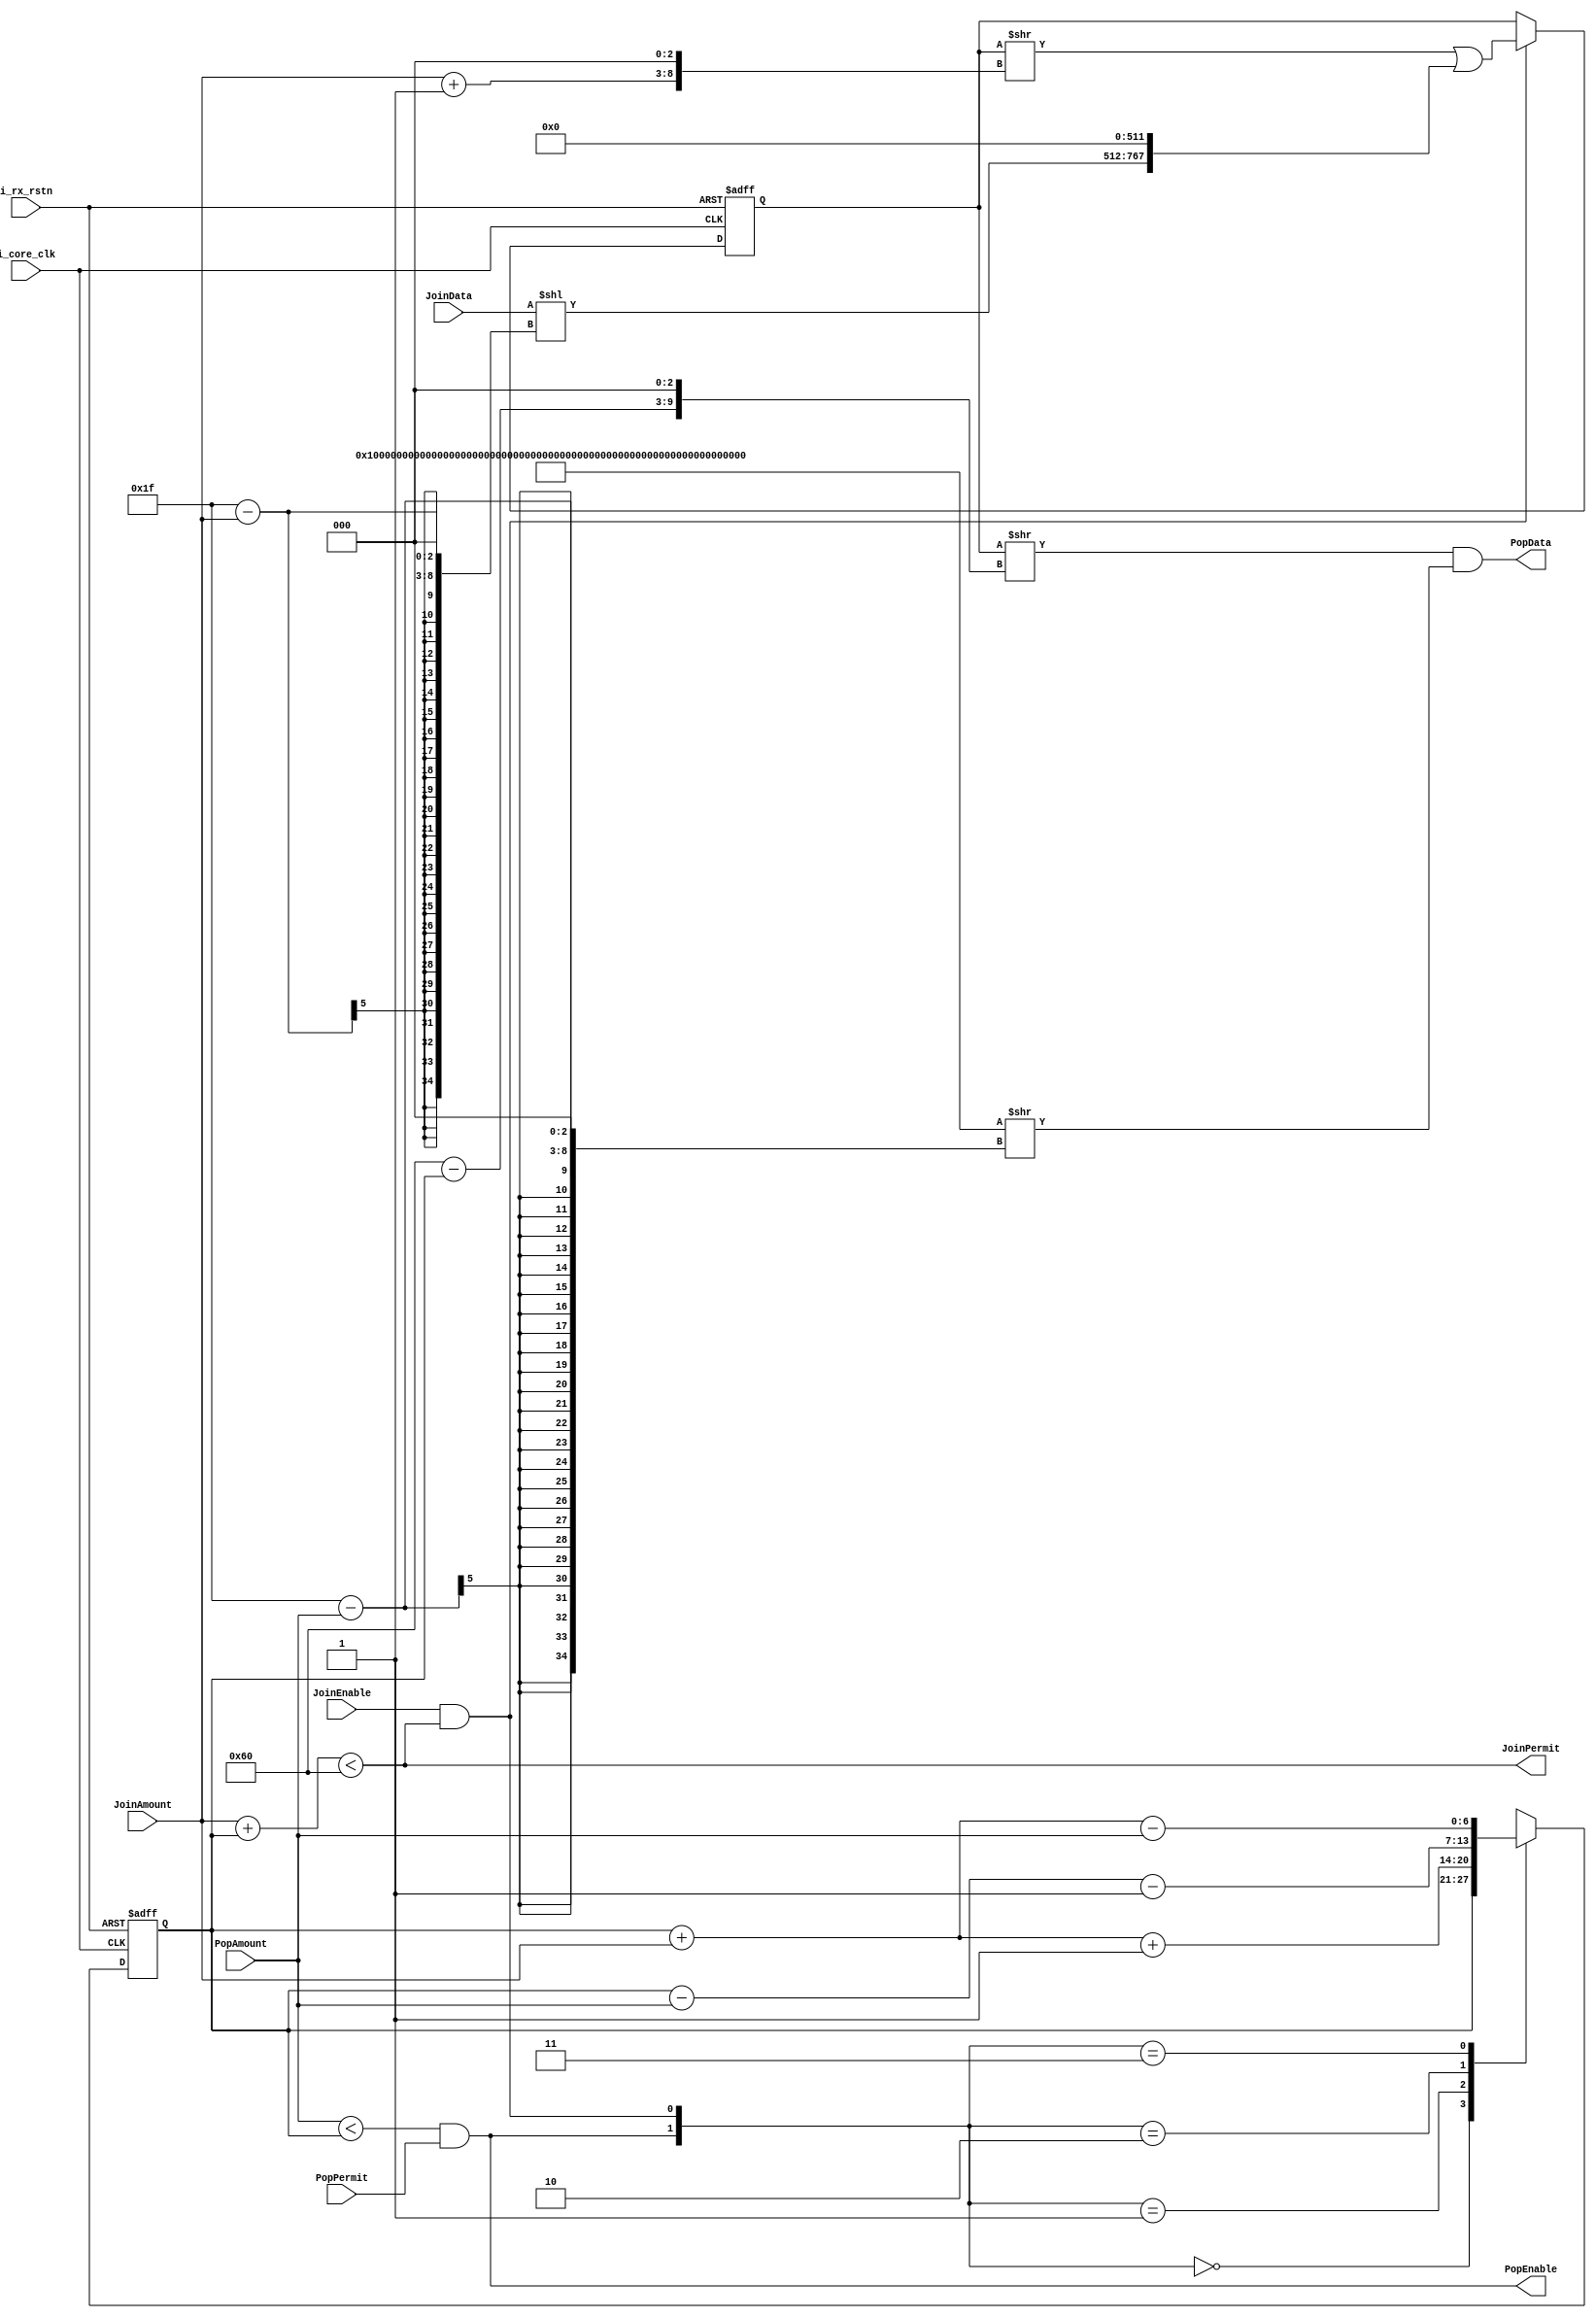
module PFIFORM 
(
  input  wire         i_rx_rstn,  //Reset signal with asynchronous and active low		 
  input  wire         i_core_clk, //System Clock
  
  input  wire         JoinEnable, //Write Enable signal come from   the FIFO Write module
  output wire         JoinPermit, //Write Ready  signal to   inform the FIFO Write module                                   
                                  //if (JoinPermit==1'b1) means that current write operation is Effective
                                  
  input  wire         PopPermit,  //Read Ready signal from FIFO Read module  
                                  //if (PopPermit==1'b1) means that FIFO Read module is ready to receive data

  input  wire  [4:0]  JoinAmount,  //Write data amount from  FIFO Write module , Actual numbers minus one (hard bits)
  input  wire  [4:0]  PopAmount,   //Read  data amount from  FIFO Read  module , Actual numbers minus one (hard bits)
  
  input  wire  [255:0] JoinData,   //Write data   LSB alignment ,  Valid data bits is [(JoinAmount*8+7):0]
  
  output wire  [255:0] PopData,    //Read  data   LSB alignment ,  Valid data bits is [(PopAmount*8+7):0]
  output wire          PopEnable   //Read  enable signal to  FIFO Read module (strobe signal)
);

wire           JoinEnableInner;
wire [1:0]     RegisterCounterBranchCode;
reg  [6:0]     RegisterCounter=7'd0;    //may be the data width should be reduce
reg  [767:0]   CacheRegisterFIFO=768'd0;

assign         JoinEnableInner=((JoinEnable==1'b1)&&(JoinPermit==1'b1));
assign         JoinPermit=(JoinAmount+RegisterCounter)<7'd96;

assign         RegisterCounterBranchCode={PopEnable,JoinEnableInner};
assign         PopEnable=( (PopAmount<RegisterCounter) && (PopPermit==1'b1) );

wire [255:0]  JoinDataPro;
assign        JoinDataPro= JoinData <<( {(31-JoinAmount),3'b000} ) ;

wire [767:0] PopDataCache;
//assign      PopData= PopDataCache[255:0];
assign        PopData= PopDataCache[255:0] & ( ({256{1'b1}})>>( {(31-PopAmount),3'b000} ) );

always @(posedge i_core_clk or negedge i_rx_rstn)
begin
  if(i_rx_rstn==1'b0)
    CacheRegisterFIFO<=768'd0;
  else if(JoinEnableInner==1'b1)
	CacheRegisterFIFO<=( ( CacheRegisterFIFO>>( {(JoinAmount+1),3'b000} ) ) | ({JoinDataPro,512'd0}) );
end

always @(posedge i_core_clk or negedge i_rx_rstn)
begin
  if(i_rx_rstn==1'b0)
    RegisterCounter<=7'd0;
  else
    begin
      case(RegisterCounterBranchCode)
        2'b00: RegisterCounter<=RegisterCounter;
        2'b01: RegisterCounter<=RegisterCounter+JoinAmount+1'b1;
        2'b10: RegisterCounter<=RegisterCounter-PopAmount-1'b1;
        2'b11: RegisterCounter<=RegisterCounter+JoinAmount-PopAmount;
        default: RegisterCounter<=RegisterCounter;
      endcase
    end
end

assign PopDataCache=CacheRegisterFIFO>>( {(7'd96-RegisterCounter),3'b000} ); 

endmodule